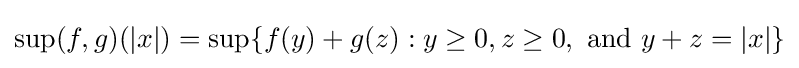
\sup(f,g)(|x|)=\sup\{f(y)+g(z):y\geq 0,z\geq 0,{\text{ and }}y+z=|x|\}